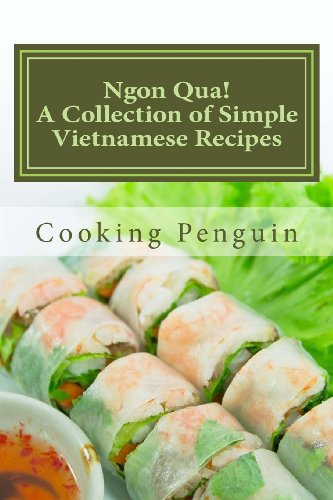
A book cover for Ngon Qua!  A Collection of Simple Vietnamese Recipes; Cooking Penguin; Cookbooks, Food & Wine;